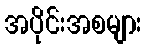
အပိုင်းအစများ